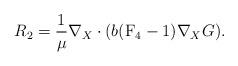
LaTeX: \begin{align*} R_2 = \frac{1}{\mu} \nabla_X\cdot(b(\mathrm{F}_4 -1)\nabla_X G). \end{align*}